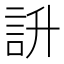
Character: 䛂